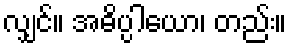
လျှင်။ အဓိပ္ပါယော၊ တည်း။